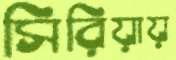
সিরিয়ায়